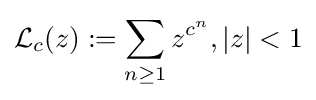
{\mathcal {L}}_{c}(z):=\sum _{n\geq 1}z^{c^{n}},|z|<1